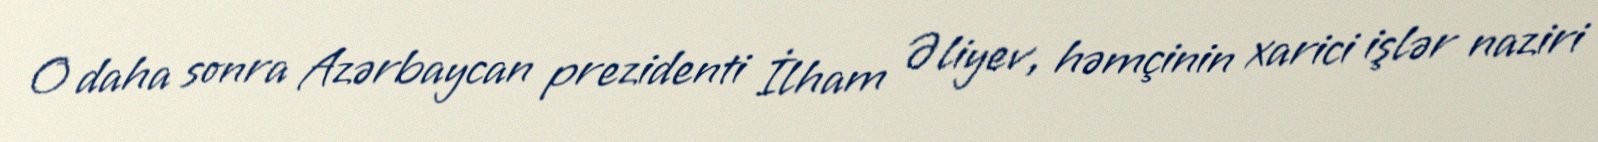
O daha sonra Azərbaycan prezidenti İlham Əliyev, həmçinin xarici işlər naziri